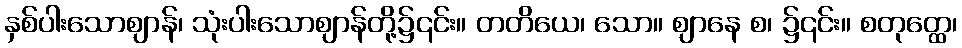
နှစ်ပါးသောဈာန်၊ သုံးပါးသောဈာန်တို့၌၎င်း။ တတိယေ၊ သော။ ဈာနေ စ၊ ၌၎င်း။ စတုတ္ထေ၊